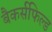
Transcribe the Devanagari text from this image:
बैकर्सफिल्ड